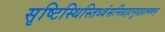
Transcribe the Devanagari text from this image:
सृष्टिस्थिस्तिध्वंसनिग्रहानुग्रहात्मकम्